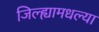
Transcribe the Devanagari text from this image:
जिल्ह्यामधल्या